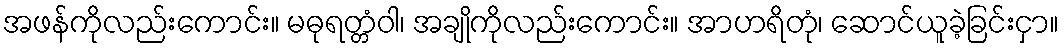
အဖန်ကိုလည်းကောင်း။ မဓုရတ္တံဝါ၊ အချိုကိုလည်းကောင်း။ အာဟရိတုံ၊ ဆောင်ယူခဲ့ခြင်းငှာ။